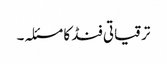
ترقیاتی فنڈ کا مسئلہ۔